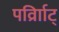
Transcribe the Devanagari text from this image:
पर्व्राािट्